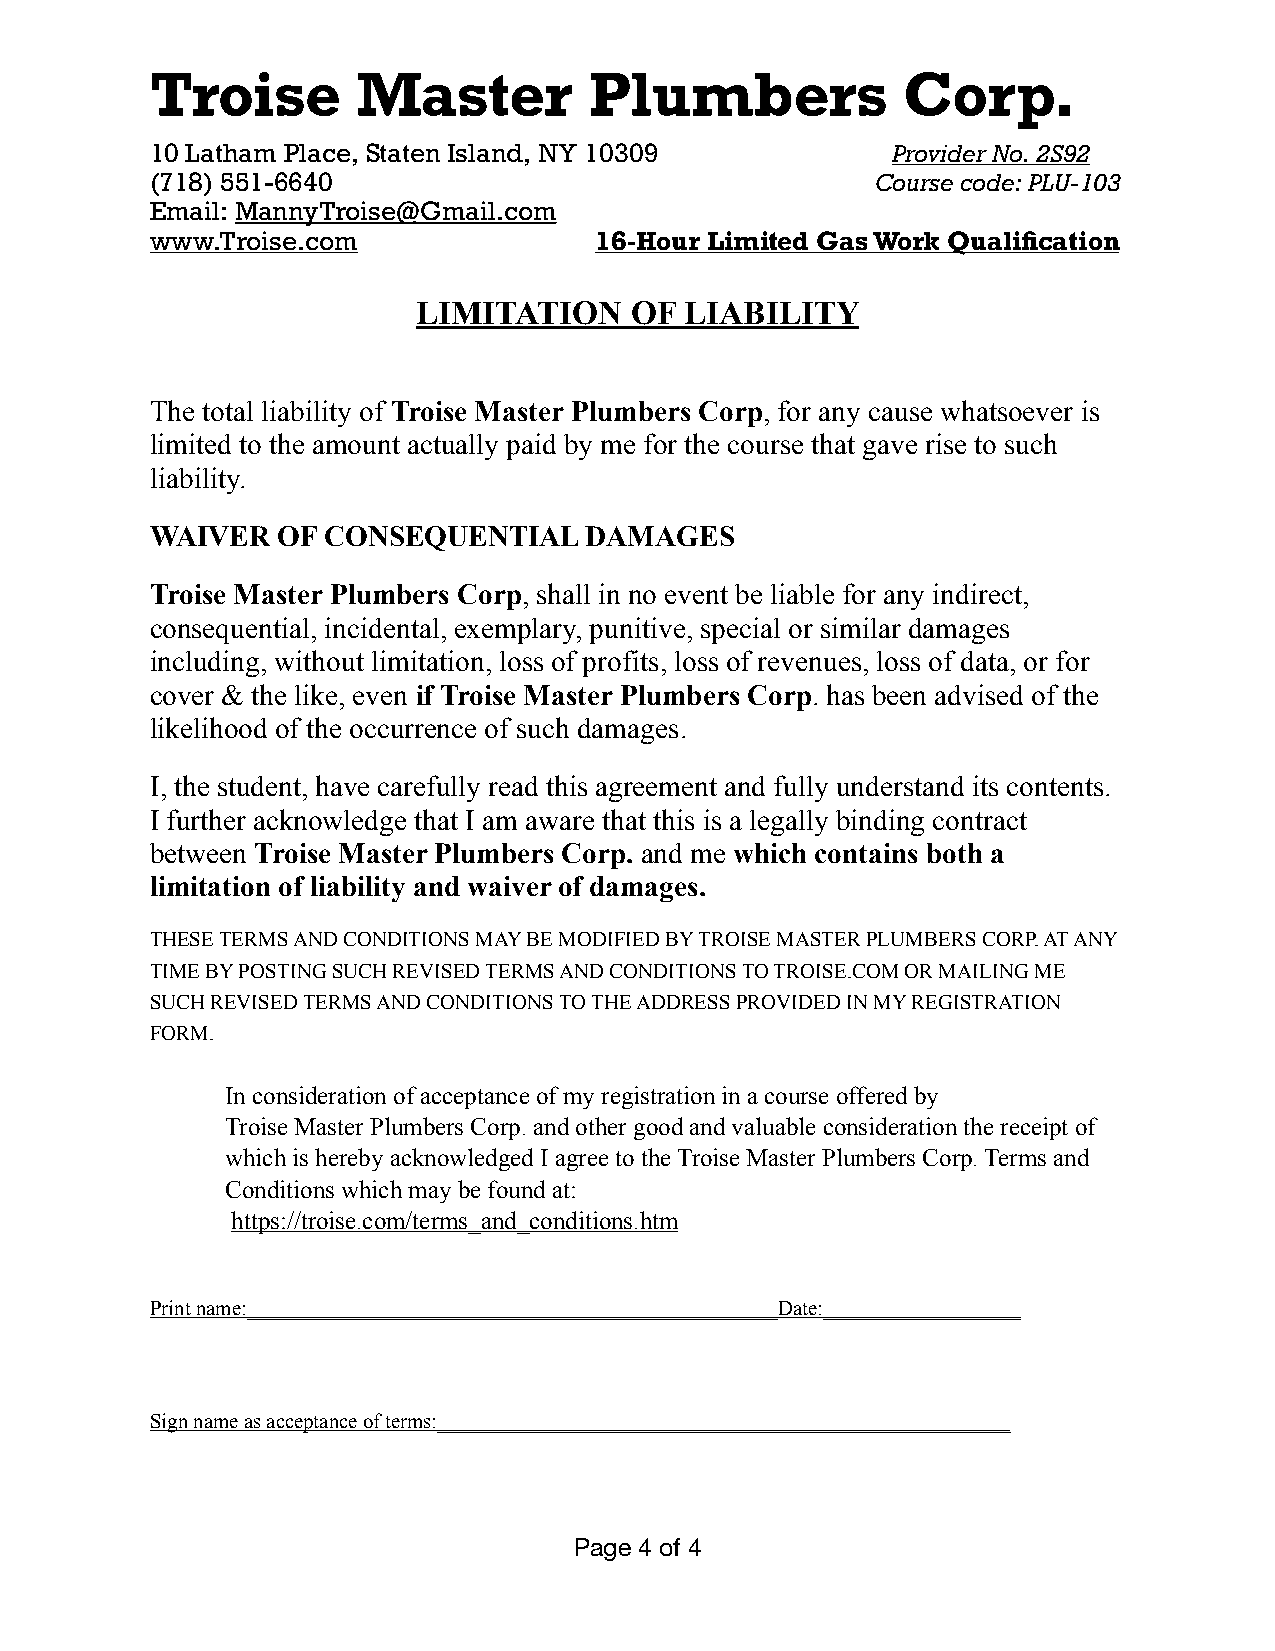
Troise        Master         Plumbers             Corp.
 10 Latham Place, Staten Island, NY 10309         Provider No. 2S92
 (718) 551-6640                                  Course code: PLU-103
 Email: MannyTroise@Gmail.com
 www.Troise.com               16-Hour Limited Gas Work Qualification
 LIMITATION    OF LIABILITY
 The total liability of Troise Master Plumbers Corp, for any cause whatsoever is
 limited to the amount actually paid by me for the course that gave rise to such
 liability.
 WAIVER  OF CONSEQUENTIAL     DAMAGES
 Troise Master Plumbers Corp, shall in no event be liable for any indirect,
 consequential, incidental, exemplary, punitive, special or similar damages
 including, without limitation, loss of profits, loss of revenues, loss of data, or for
 cover & the like, even if Troise Master Plumbers Corp. has been advised of the
 likelihood of the occurrence of such damages.
 I, the student, have carefully read this agreement and fully understand its contents.
 I further acknowledge that I am aware that this is a legally binding contract
 between Troise Master Plumbers Corp. and me which contains both a
 limitation of liability and waiver of damages.
 THESE TERMS AND CONDITIONS MAY BE MODIFIED BY TROISE MASTER PLUMBERS CORP. AT ANY
 TIME BY POSTING SUCH REVISED TERMS AND CONDITIONS TO TROISE.COM OR MAILING ME
 SUCH REVISED TERMS AND CONDITIONS TO THE ADDRESS PROVIDED IN MY REGISTRATION
 FORM.
 In consideration of acceptance of my registration in a course offered by
 Troise Master Plumbers Corp. and other good and valuable consideration the receipt of
 which is hereby acknowledged I agree to the Troise Master Plumbers Corp. Terms and
 Conditions which may be found at:
 https://troise.com/terms_and_conditions.htm
 Print name:___________________________________________________Date:___________________
 Sign name as acceptance of terms:_______________________________________________________
 Page 4 of 4